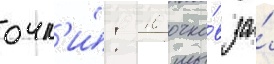
очк'и́: 10 очко́в за́